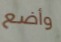
وأضع